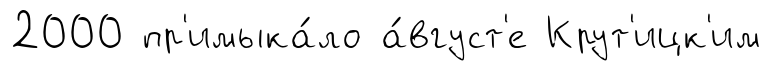
2000 пр'имыка́ло а́вгуст'е Крут'ицк'им